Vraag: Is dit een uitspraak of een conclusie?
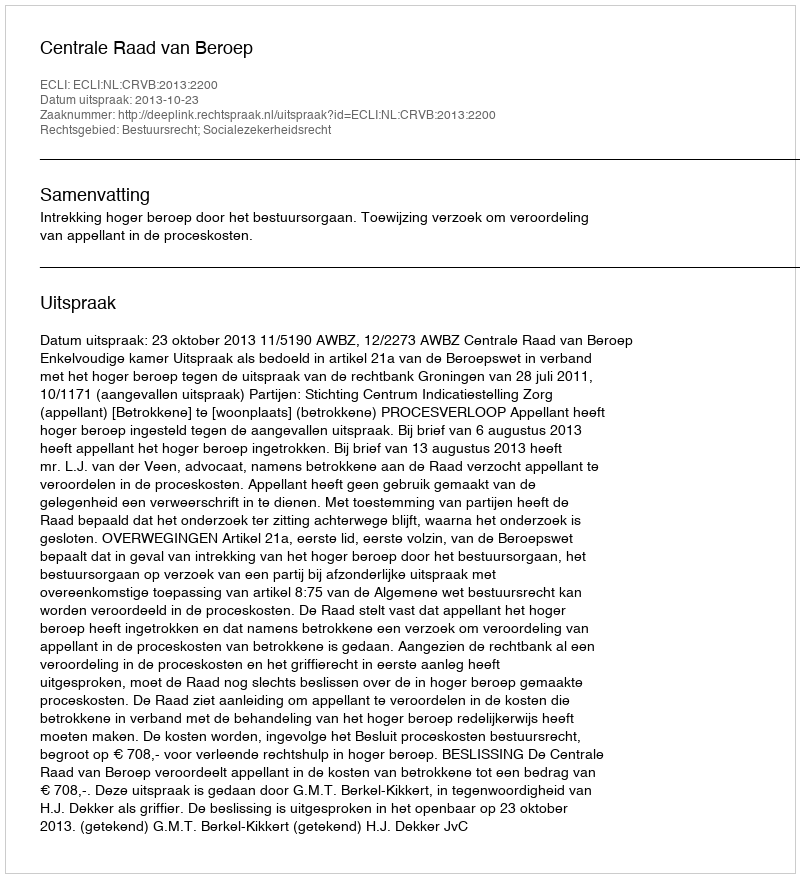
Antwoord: Uitspraak